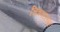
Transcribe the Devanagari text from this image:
चित्रपटासह